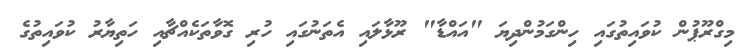
މިގްރޫޕުން ކުވައިތުގައި ހިންގަމުންދިޔަ "އައްޑާ" ރޫޅާލައި އެތަނުގައި ހުރި ގޮވާތަކެއްޗާއި ހަތިޔާރު ކުވައިތުގެ